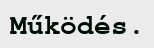
Működés.